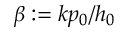
\beta : = k p _ { 0 } / h _ { 0 }